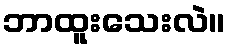
ဘာထူးသေးလဲ။